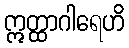
ဣတ္ထာဂါရေဟိ